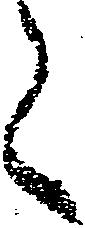
々